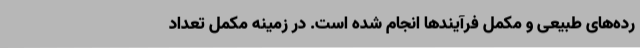
رده‌های طبیعی و مکمل فرآیندها انجام شده است. در زمینه مکمل تعداد